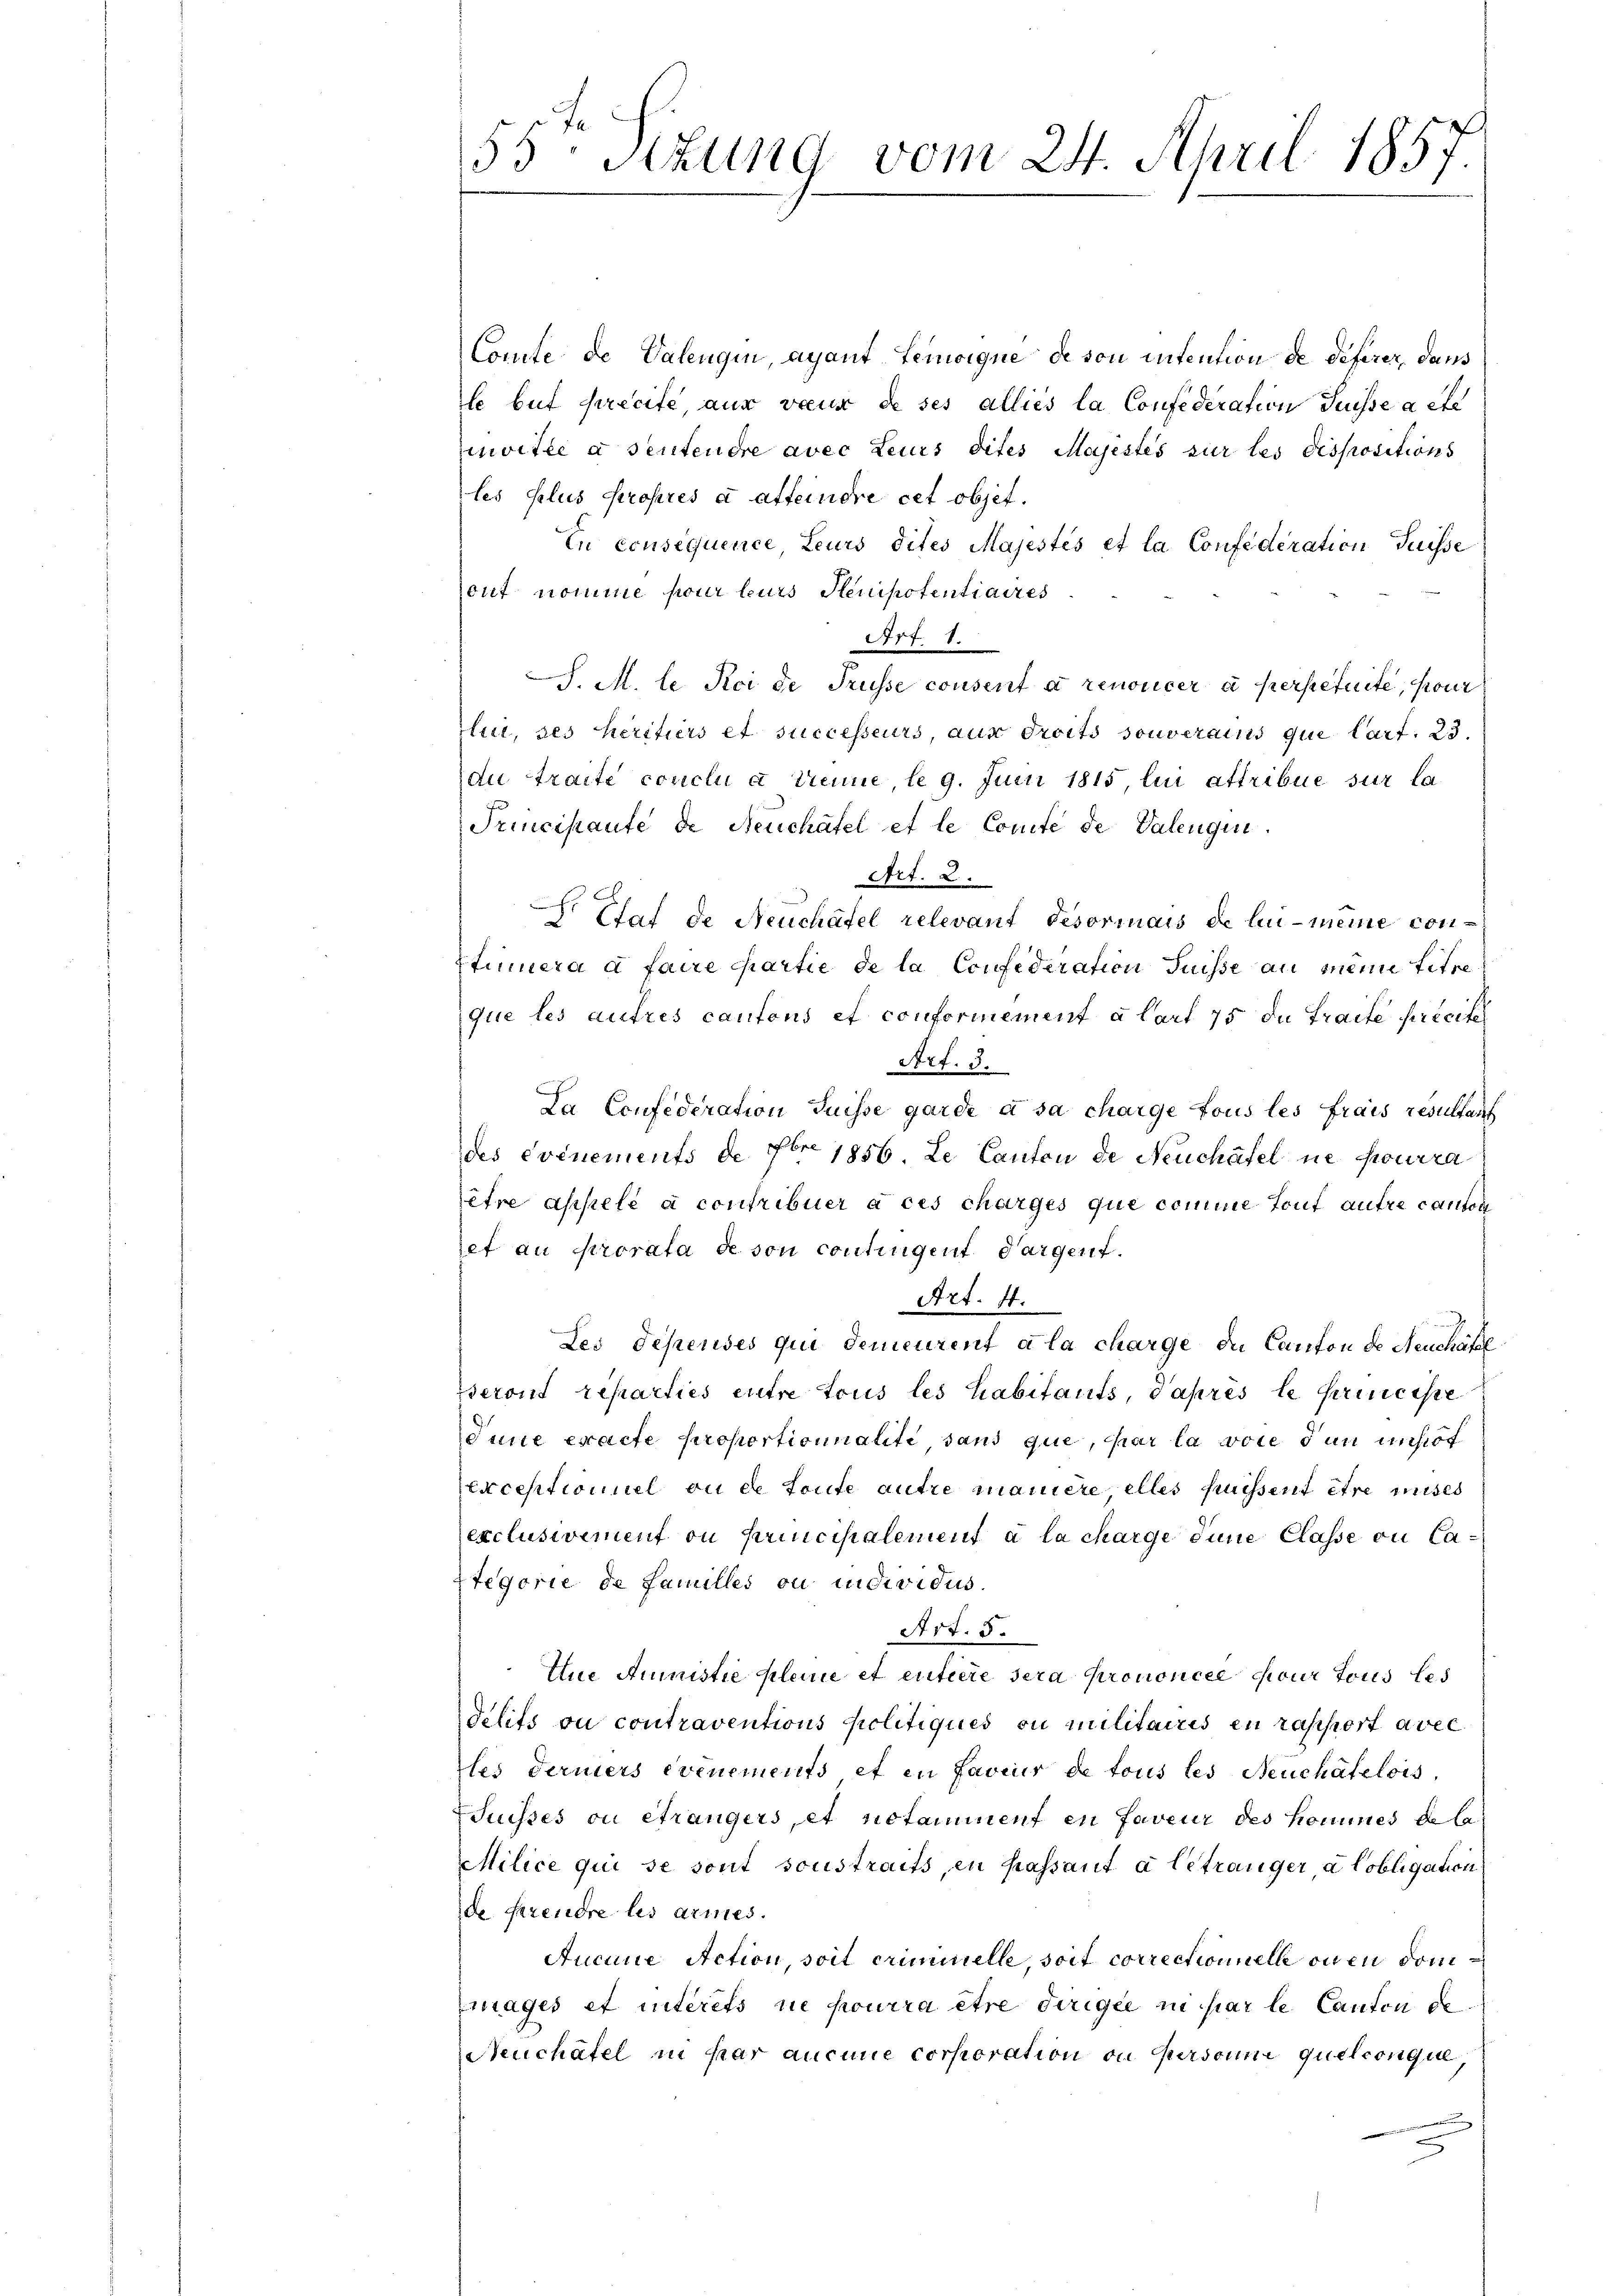
55 Stzung vom 24. April 1857.

Comte de Valengin, ayant Leioigne de von intention de deferer, dans
le but precite, aus voeux de ses alliés la Confederation Suisse acte
mvitée à sentendre avec leurs dites Majestes sur les dispositions
les plus propres a affeindre cet objet.
En censéquence, Leurs dites Majestés et la Confederation Suisse
ouf nomme pour leurs Henipotentiaires
Art. 8.
J. M. le Sei de Trüsse consent a renoncer à perpetuité, pour
lui, ses héritiers et successeurs aus droits souverains que Cart. 23.
au traite conclu à deine le 9. Juni 1815, lui attribue sur la
Principaufe de Neuchâtel et le Comite de Valengen.
Art. 2.
Etat de Neuchäfel relevant Fesormais de lui-meine con-
Etinuera a faire chartie de la Confederation Suisse an meine titre
que les autres cantons et conformement a lait 75 du Traite précite
Art. 3.
Da Confederation Suisse garde à sa charge tous les frais resultant
des événements de Fr. 1856. Le Canton de Neuchäfel ne pourra
itre appelé à contribuer à ces charges que comme tout autre canton
set an Prorata de von continigent dargent.
Art. 41.
Les depenses qui demeurent a la charge de Canton de Neuchâtel
seront reparties entre tous les habitants, Paprès le princisce
Iune exacte proportionnalite, sans que, par la voie den insof
exceptioniel ou de toute autre maniere, elles puissent être mises
exclusivement ou principalement à la charge dene Classe ou Categorie de Familles ou individus.
Art. 5.
tne Summistie kleine et entiere sera prononcée sur tous les
delits ou contraventions Politiques ou militaires en rasport avec
tes Ferners evenements et in faveur de tous les Neuchâtelois,
Suisses ou étrangers, et notamment en faveur des kommes de la
Milice qui se sont sonstraits, en passant à le tranger a Cobligation
de Frendre les armes.
Aucune Action, soit criminelle, soit correctionielle onen Sommages et interets ne pourra être dirigée ni par le Canton de
Neuchâtel in Par aucune corporation ou Personne quelconque